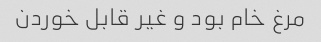
مرغ خام بود و غیر قابل خوردن